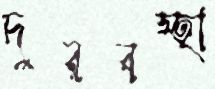
দুরবস্হা